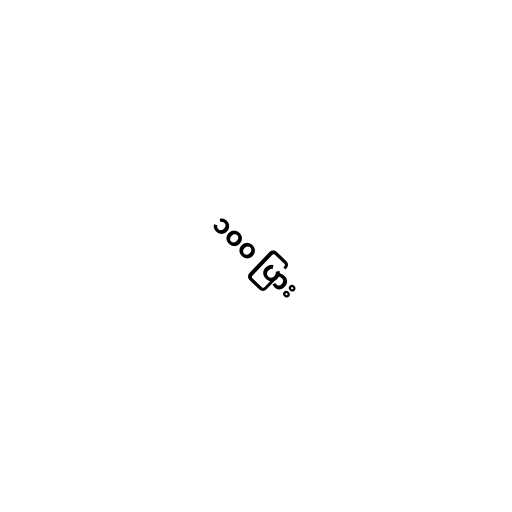
၁၀၀ ပြား